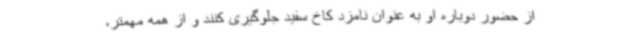
از حضور دوباره او به عنوان نامزد کاخ سفید جلوگیری کنند و از همه مهمتر،